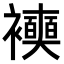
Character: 𧞲